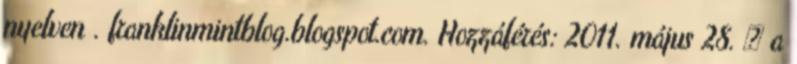
nyelven . franklinmintblog.blogspot.com. Hozzáférés: 2011. május 28. ↑ a